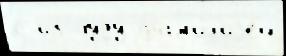
с из чу́ду фам'и́л'иjей